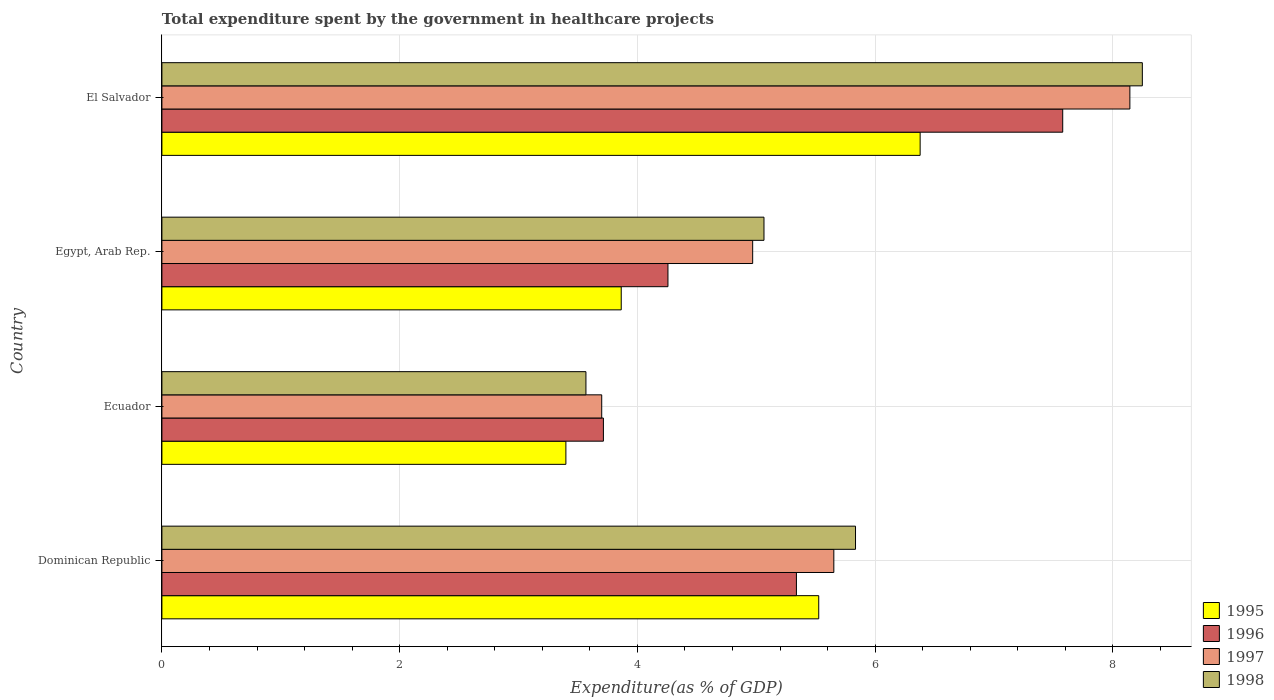
| Country | 1995 | 1996 | 1997 | 1998 |
 | --- | --- | --- | --- | --- |
 | Dominican Republic | 5.53 | 5.34 | 5.65 | 5.84 |
 | Ecuador | 3.4 | 3.71 | 3.7 | 3.57 |
 | Egypt, Arab Rep. | 3.86 | 4.26 | 4.97 | 5.07 |
 | El Salvador | 6.38 | 7.58 | 8.14 | 8.25 |